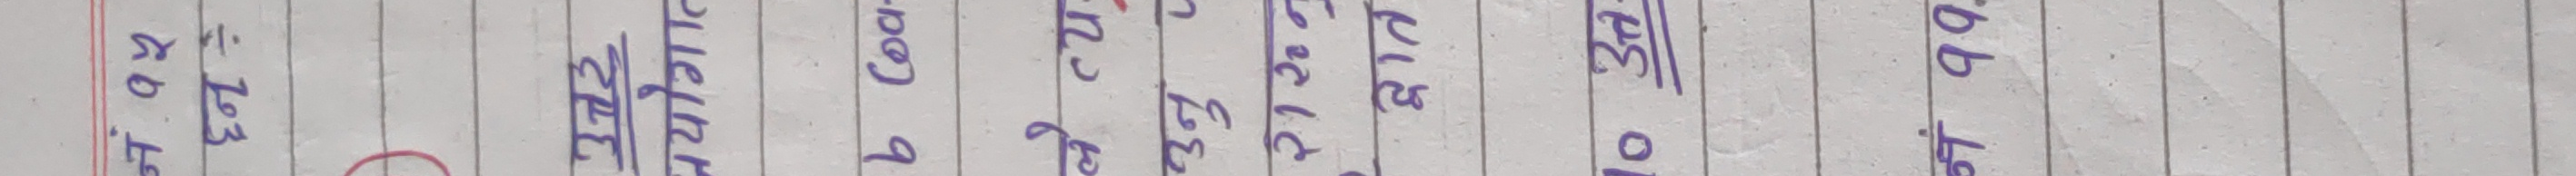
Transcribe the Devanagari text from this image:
नं. १५
103
उत्तर
प्रयोगात
b Coa-
ले त्य
उनु प
21200
द्वात
10 उत्त-
नं ११